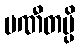
ပဏီတမ္ပိ